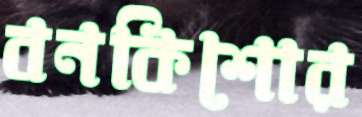
বনকিশোর